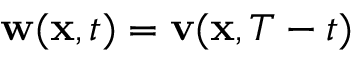
\mathbf { w } ( \mathbf { x } , t ) = \mathbf { v } ( \mathbf { x } , T - t )